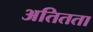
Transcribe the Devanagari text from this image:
अतितता